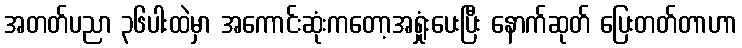
အတတ်ပညာ ၃၆ပါးထဲမှာ အကောင်းဆုံးကတော့အရှုံးပေးပြီး နောက်ဆုတ် ပြေးတတ်တာဟာ